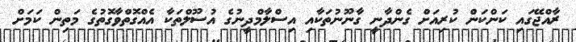
ރާއްޖޭގައި ކަންކަން ކުރިއަށް ގެންދާނީ ގާނޫނުތަކާއި އިސްލާމްދީނުގެ އުސޫލްތަކާ އެއްގޮތްވާގޮތުގެ މަތިން ކަމަށް